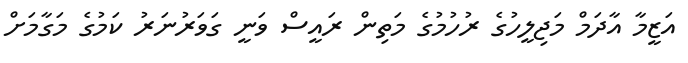
އަޒީމާ އާދަމް މަޖިލީހުގެ ރުހުމުގެ މަތިން ރައީސް ވަނީ ގަވަރުނަރު ކަމުގެ މަގާމަށް